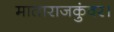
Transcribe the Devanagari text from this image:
माताराजकुंवर।